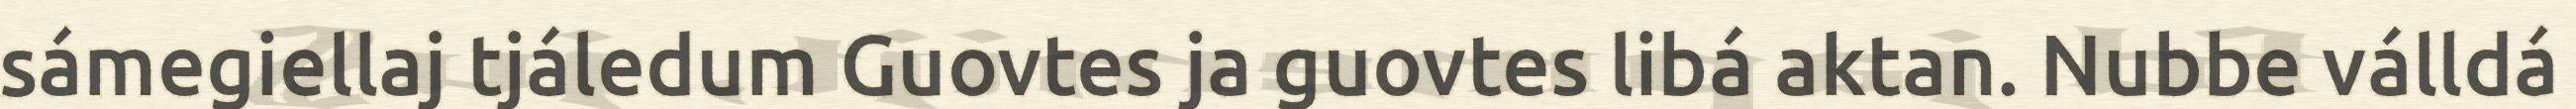
sámegiellaj tjáledum Guovtes ja guovtes libá aktan. Nubbe válldá